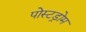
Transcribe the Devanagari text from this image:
पोस्टड्रोम